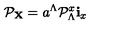
{ \cal P } _ { \bf X } = a ^ { \Lambda } { \cal P } _ { \Lambda } ^ { x } { \bf i } _ { x }